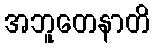
အဘူတေနာတိ